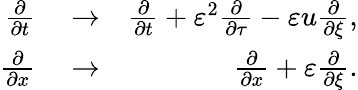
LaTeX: \begin{array}{rlr}{\frac{\partial}{\partial t}}&{{}\to}&{\frac{\partial}{\partial t}+\varepsilon^{2}\frac{\partial}{\partial\tau}-\varepsilon u\frac{\partial}{\partial\xi},}\\ {\frac{\partial}{\partial x}}&{{}\to}&{\frac{\partial}{\partial x}+\varepsilon\frac{\partial}{\partial\xi}.}\end{array}